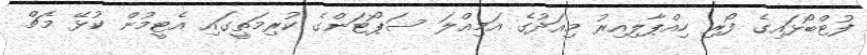
ފުޓްބޯޅައިގެ ފޯރި ހިއްޕާލިއިރު މިއަދުގެ އަމިއްލަ ސަޕޯޓަންގެ ކުރިމަތީގައި އެޓީމުން ކުޅޭ މެޗް